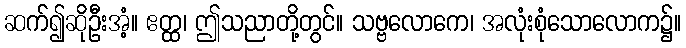
ဆက်၍ဆိုဦးအံ့။ ဧတ္ထ၊ ဤသညာတို့တွင်။ သဗ္ဗလောကေ၊ အလုံးစုံသောလောက၌။